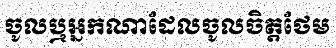
ចូលឬអ្នកណាដែលចូលចិត្តថែម